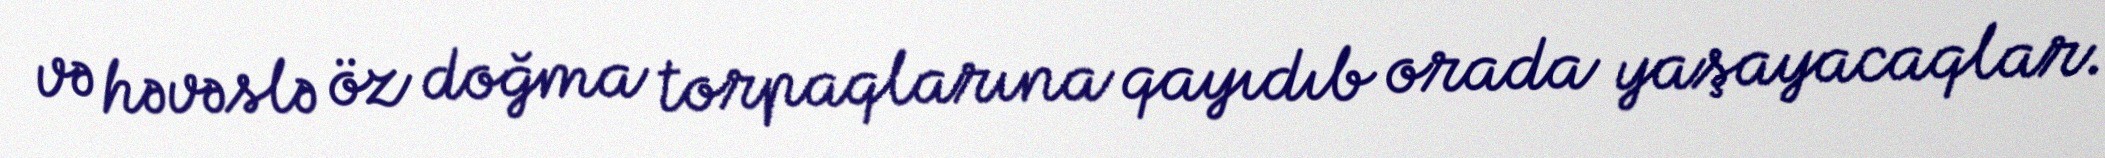
və həvəslə öz doğma torpaqlarına qayıdıb orada yaşayacaqlar.